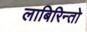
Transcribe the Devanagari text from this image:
लाबिरिन्तो